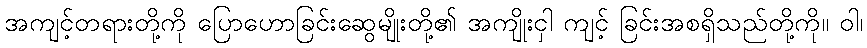
အကျင့်တရားတို့ကို ပြောဟောခြင်းဆွေမျိုးတို့၏ အကျိုးငှါ ကျင့် ခြင်းအစရှိသည်တို့ကို။ ဝါ၊